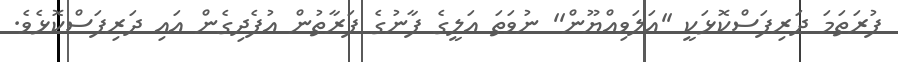
ފުރަތަމަ ދަރިފަސްކޮޅަކީ ''އަލަވިއްޔޫން'' ނުވަތަ އަލީގެ ފާނުގެ ފަރާތުން އުފެދިގެން އައި ދަރިފަސްކޮޅެވެ.